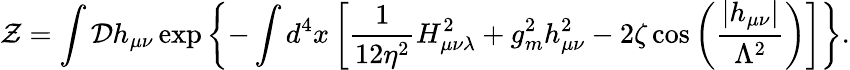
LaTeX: {\cal Z}=\int{\cal D}h_{\mu\nu}\exp\left\{ -\int d^{4}x\left[\frac{1}{12\eta^{2}}H_{\mu\nu\lambda}^{2}+g_{m}^{2}h_{\mu\nu}^{2}-2\zeta\cos\left(\frac{\left|h_{\mu\nu}\right|}{\Lambda^{2}}\right)\right]\right\} .